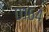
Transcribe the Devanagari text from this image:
०१६४